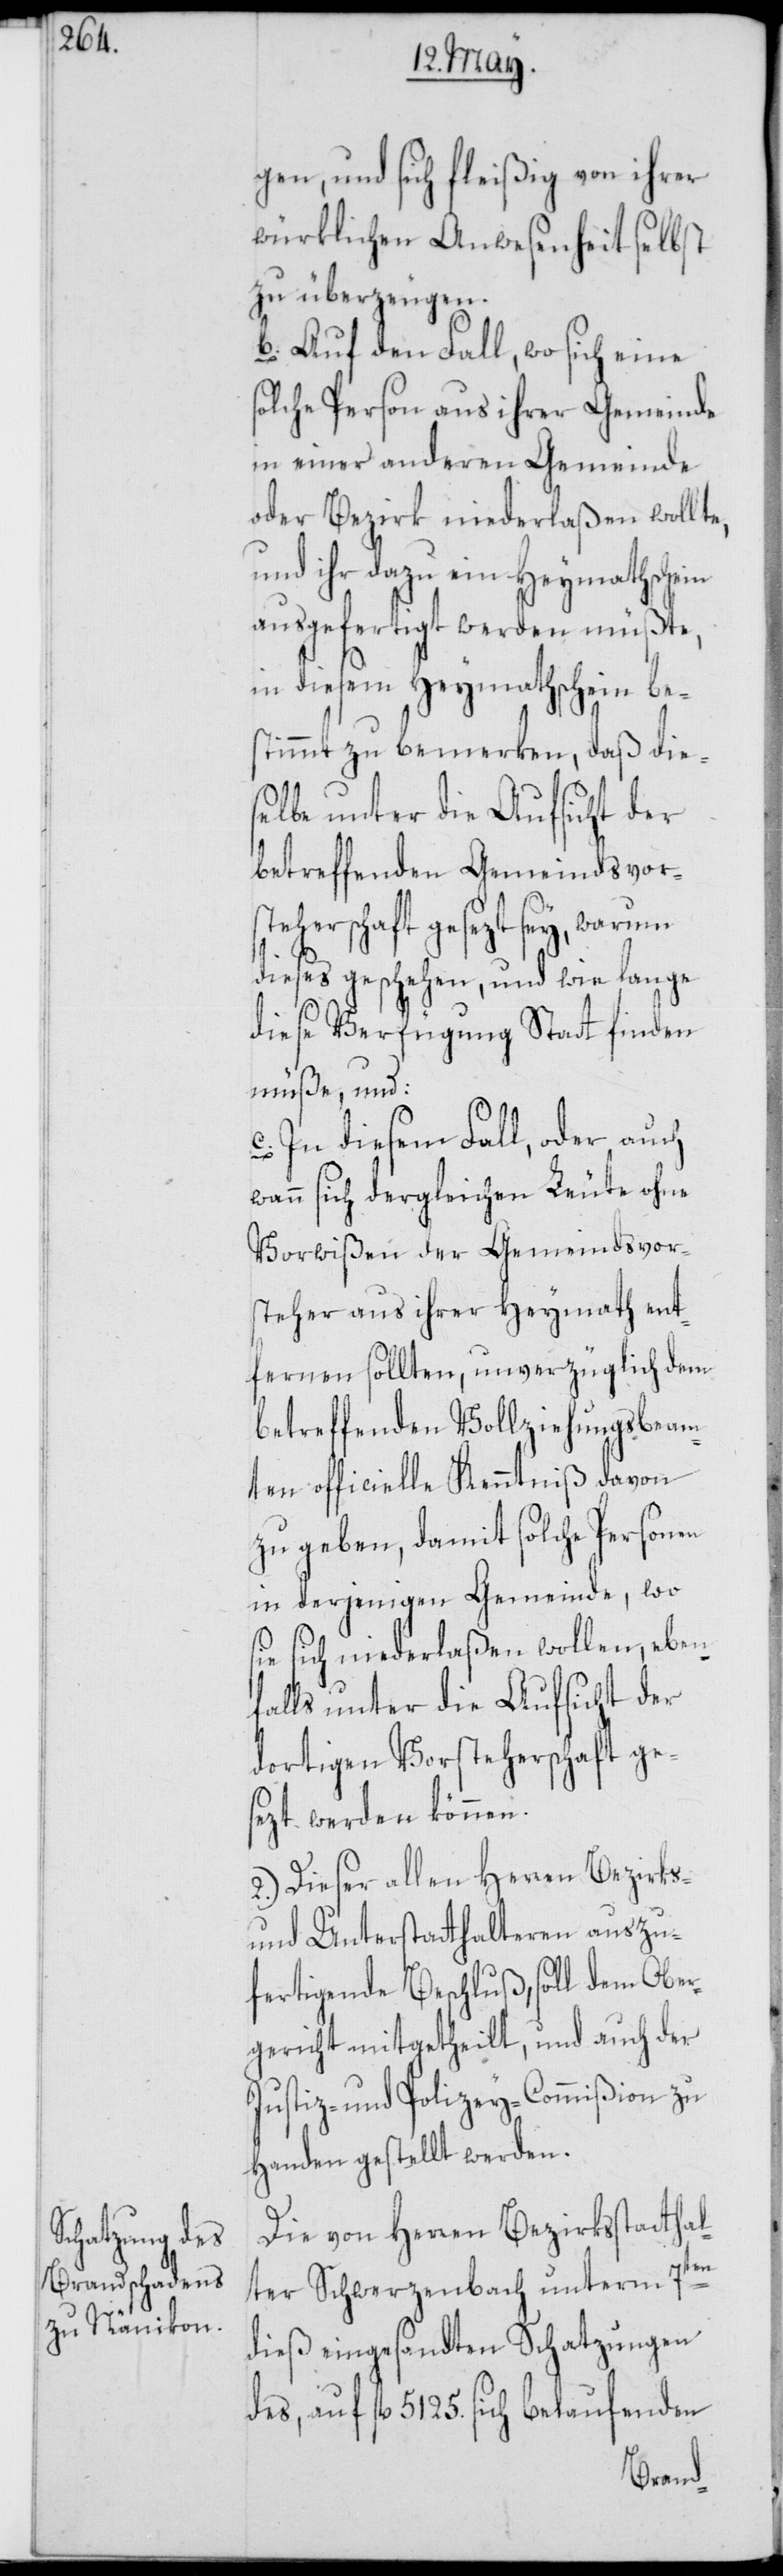
gen, und sich fleißig von ihrer
würklichen Anwesenheit selbst
zu überzeugen.
b. Auf den Fall, wo sich eine
solche Person aus ihrer Gemeinde
in einer anderen Gemeinde
oder Bezirk niederlaßen wollte,
und ihr dazu ein Heymathschein
ausgefertigt werden müßte,
in diesem Heymathschein be¬
stimmt zu bemerken, daß die¬
selbe unter die Aufsicht der
betreffenden Gemeindsvors¬
teherschaft gesezt sey, warum
dieses geschehen, und wie lange
diese Verfügung Statt finden
müße, und:
c. In diesem Fall, oder auch
wann sich dergleichen Leute ohne
Vorwißen der Gemeindsvor¬
steher aus ihrer Heymath ent¬
fernen sollten, unverzüglich dem
betreffenden Vollziehungsbeam¬
ten officielle Kenntniß davon
zu geben, damit solche Personen
in derjenigen Gemeinde, wo
sie sich niederlaßen wollen, eben¬
falls unter die Aufsicht der
dortigen Vorsteherschaft ge¬
sezt werden können.
2.) Dieser allen Herren Bezirks-
und Unterstatthalteren auszu¬
fertigende Beschluß, soll dem Ober¬
gericht mitgetheilt, und auch der
Justiz- und Polizey-Commißion zu
Handen gestellt werden.
Die von Herren Bezirksstatthal¬
ter Schwerzenbach unterm
dieß eingesandten Schatzungen
des, auf fl. 5125. sich belaufenden